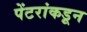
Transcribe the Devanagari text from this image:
पेंटरांकडून